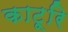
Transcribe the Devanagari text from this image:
काटूरि